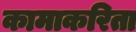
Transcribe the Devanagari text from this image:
कामाकरिता